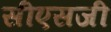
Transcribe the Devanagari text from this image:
सीएसजी